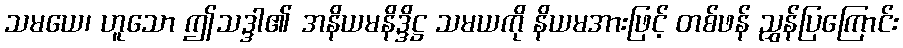
သမယေ၊ ဟူသော ဤသဒ္ဒါ၏ အနိယမနိဒ္ဒိဋ္ဌ သမယကို နိယမအားဖြင့် တစ်ဖန် ညွှန်ပြကြောင်း